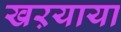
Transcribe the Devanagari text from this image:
खऱयाया